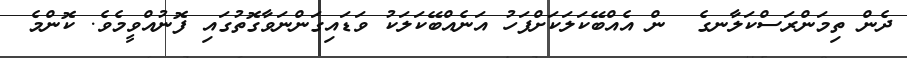
ދެން ތިމަންރަސްކަލާނގެ  ން އެއްބޭކަލަކަށްފަހު އަނެއްބޭކަލަކު ވަޑައިގަންނަވާގޮތުގައި ފޮނުއްވީމެވެ. ކޮންމެ